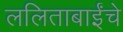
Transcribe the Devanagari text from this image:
ललिताबाईंचे